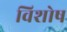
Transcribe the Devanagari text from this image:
विशोष